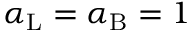
\alpha _ { \mathrm { { L } } } = \alpha _ { \mathrm { { B } } } = 1